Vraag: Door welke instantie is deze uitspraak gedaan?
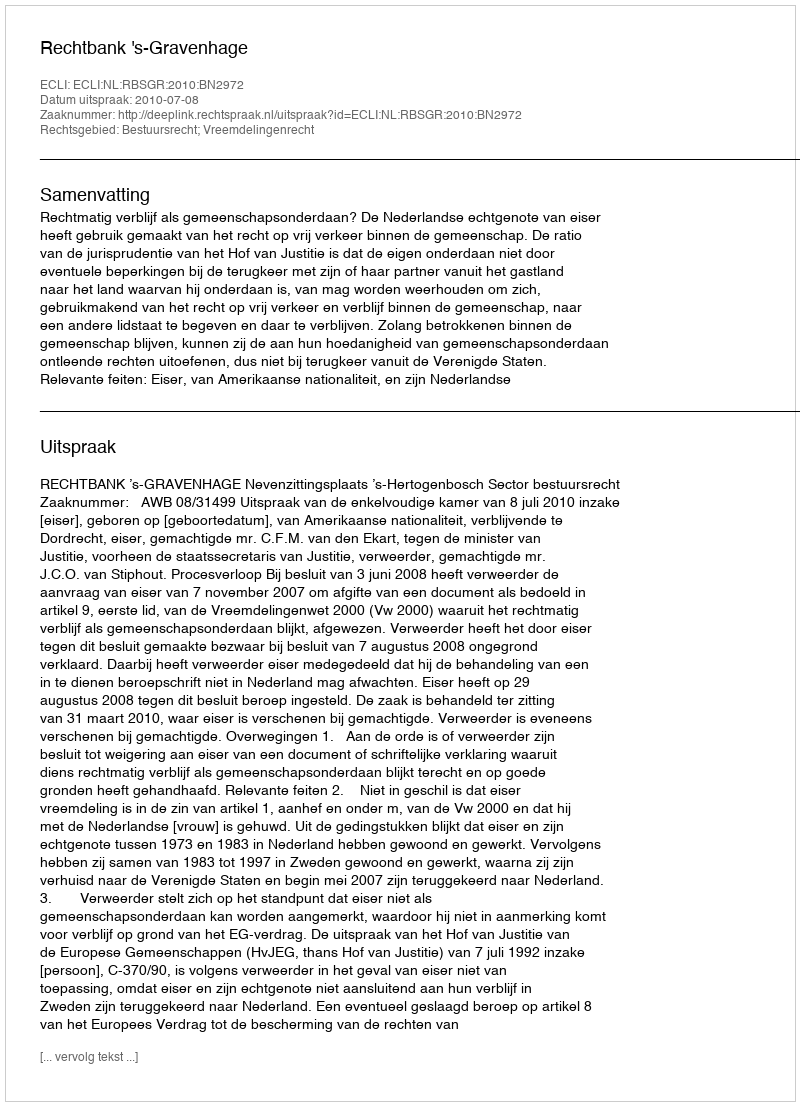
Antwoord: Rechtbank 's-Gravenhage